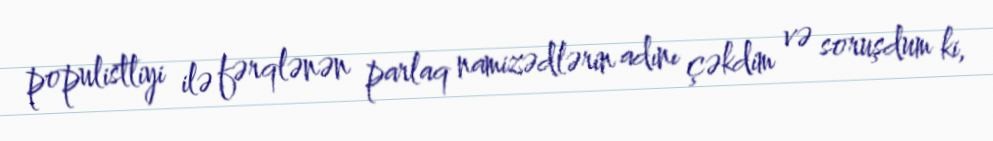
populistliyi ilə fərqlənən parlaq namizədlərin adını çəkdim və soruşdum ki,